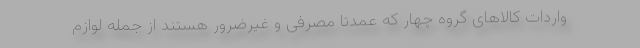
واردات کالا‌های گروه چهار که عمدتا مصرفی و غیرضرور هستند از جمله لوازم